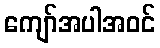
ကျော်အပါအဝင်